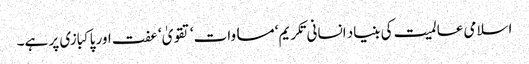
اسلامی عالمیت کی بنیاد انسانی تکریم‘ مساوات‘ تقویٰ‘ عفت اور پاکبازی پر ہے۔